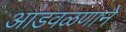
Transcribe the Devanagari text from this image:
आडवळणाने